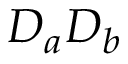
D _ { a } D _ { b }